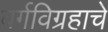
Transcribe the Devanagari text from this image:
वर्गविग्रहाचे